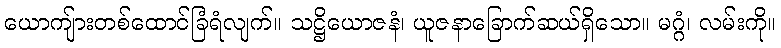
ယောကျ်ားတစ်ထောင်ခြံရံလျက်။ သဋ္ဌိယောဇနံ၊ ယူဇနာခြောက်ဆယ်ရှိသော။ မဂ္ဂံ၊ လမ်းကို။